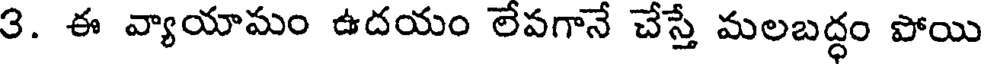
3. ఈ వ్యాయామం ఉదయం లెవగానే చేస్తే మలబద్ధం పోయి